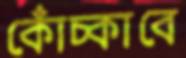
কোঁচ্‌কাবে